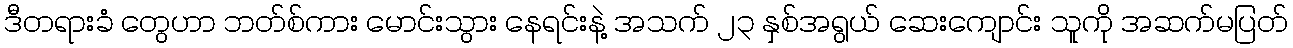
ဒီတရားခံ တွေဟာ ဘတ်စ်ကား မောင်းသွား နေရင်းနဲ့ အသက် ၂၃ နှစ်အရွယ် ဆေးကျောင်း သူကို အဆက်မပြတ်